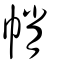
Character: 帩